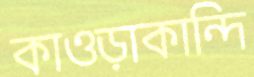
কাওড়াকান্দি